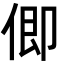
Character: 㑡